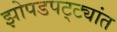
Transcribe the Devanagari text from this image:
झोपडपट्ट्यांत